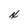
Character: x